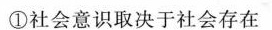
①社会意识取决于社会存在